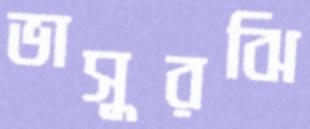
ভাসুরঝি